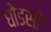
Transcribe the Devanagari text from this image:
घोडसी